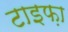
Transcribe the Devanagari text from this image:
टाइफ़ा